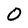
Character: O